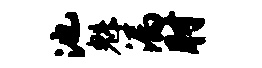
池魁漏肘